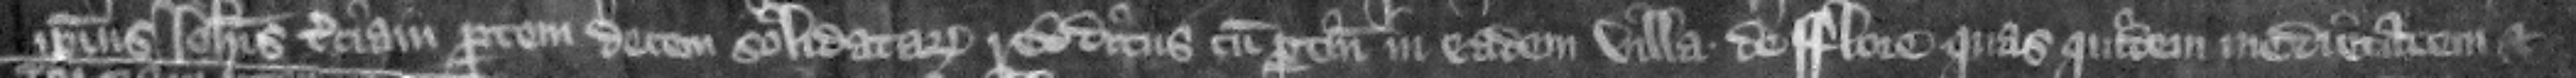
ipsius Iohannis terciam partem decem solidatarum redditus cum pertinenciis in eadem villa de Flore. Quas quidem medietatem et